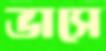
ভাসে